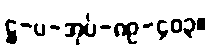
ဋ္ဌ-ပ-အုပ်-၈၉-၄၀၃။